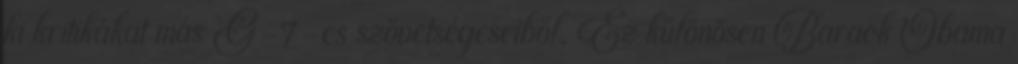
ki kritikákat más G-7-es szövetségeseiből. Ez különösen Barack Obama